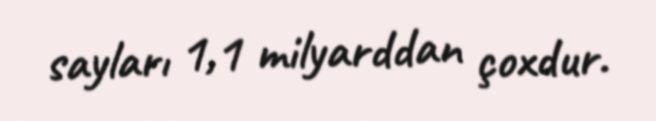
sayları 1,1 milyarddan çoxdur.